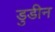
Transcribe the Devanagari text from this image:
डुडीन